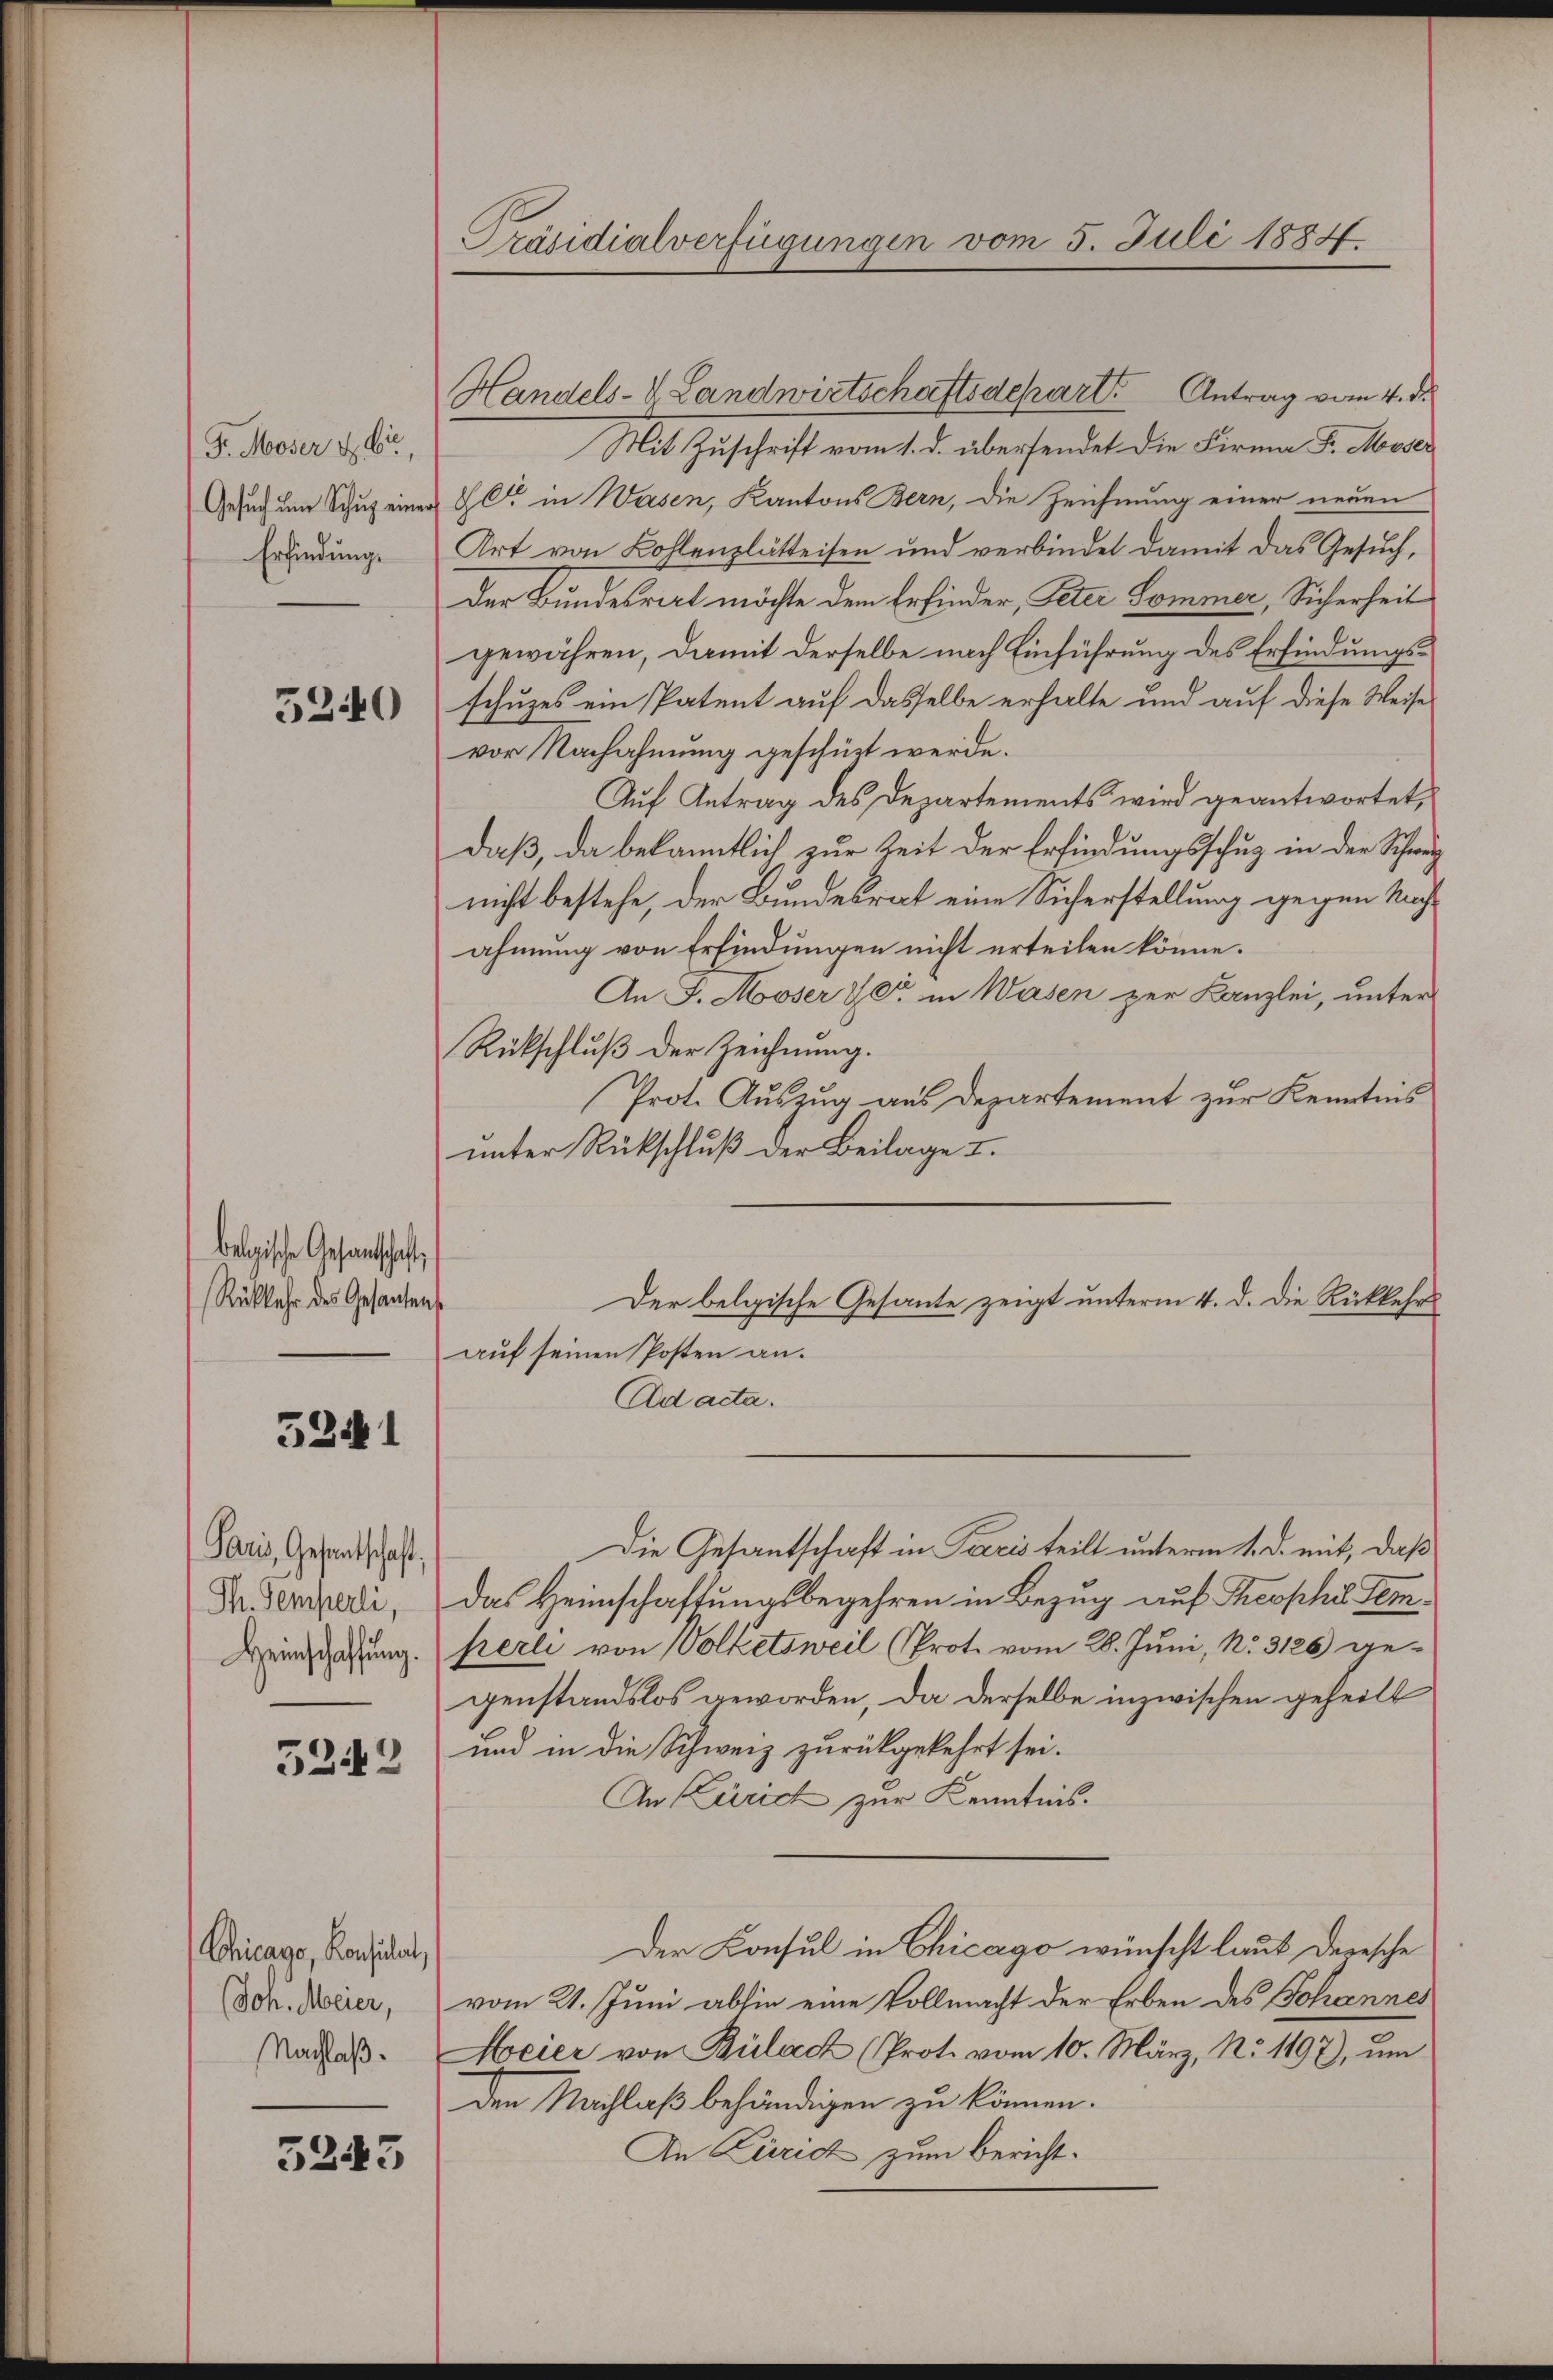
F. Moser & bi
Gesuch um Schus eine
Erfindung.

5240

belgische Gesandtschaft
Rükkehr des Gesantens

5241

Paris, Gesandtschaft,
Th. Semperli,
Heimschaffung.

5242

Chicago, Konsulat,
(Joh. Meier,
Nachlaß.

5243

Präsidialverfügungen vom 5. Juli 1884.

Mit Zuschrift vom 1. d. übersendet die Firma Fr. Moser
C. in Wasen, Kantons Bern, die Zeichnung einer neuen
Art von Kohlenzlätteisen und verbindet damit das Gesuch,
Der Bundesract möchte dem Erfinder, Peter Sommer, Sicherheit
gewähren, damit derselbe nach Einführung des Erfindungsschuzes ein Patent auf dasselbe erhalte und auf diese Weise
vor Nachahmung geschüzt werde.
Auf Antrag des Departements wird geantwortet,
daß, da bekanntlich zur Zeit der Erfindungsschug in der Schweiz
nicht bestehe, der Bundesrat eine Sicherstellung gegen Nachahmung von Erfindungen nicht erteilen könne.
An F. Moser & er in Wasen zur Kanzlei, unter
Rückschluß der Zeichnung.
Prot. Auszug aus Departement zur Kenntnis
unter Rückschluß der Beilage I.
Der belgische Gesante zeigt unterm 4. d. die Rückkehrs
auf seinen Posten an.
Ad acta.
Die Gesantschaft in Pacis teilt unterm 1. d. mit, daß
Das Heimschaftungsbegehren in Bezug auf Theophis Temperli von Volketsweil (Prot. vom 28. Juni, No. 3126 gegenstandslos geworden, da derselbe inzwischen geheilt
und in die Schweiz zurückgekehrt sei.
An (Zürich zur Kenntnis.
Der Konsul in Chicago wünscht laut deresche
vom 21. Juni abhin eine Vollmacht der Erben des Johannes
Meier von Bülach (Prote vom 10. März, No 1197), um
Den Nachlaß behändigen zu können.
An Curid zum Bericht¬

Handels- & Landwirtschaftsdepart Antrag vom 4. d.